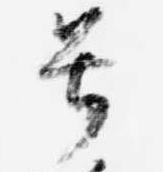
号